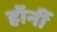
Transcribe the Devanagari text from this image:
हॉर्नी